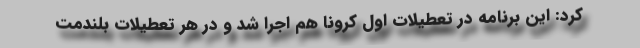
کرد: این برنامه در تعطیلات اول کرونا هم اجرا شد و در هر تعطیلات بلندمت